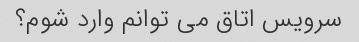
سرویس اتاق می توانم وارد شوم؟